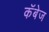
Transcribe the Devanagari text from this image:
कॅबेज